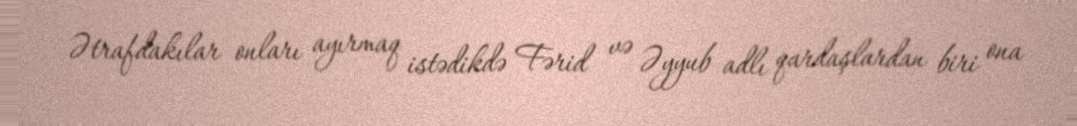
Ətrafdakılar onları ayırmaq istədikdə Fərid və Əyyub adlı qardaşlardan biri ona